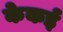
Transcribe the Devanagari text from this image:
केकई